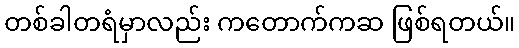
တစ်ခါတရံမှာလည်း ကတောက်ကဆ ဖြစ်ရတယ်။